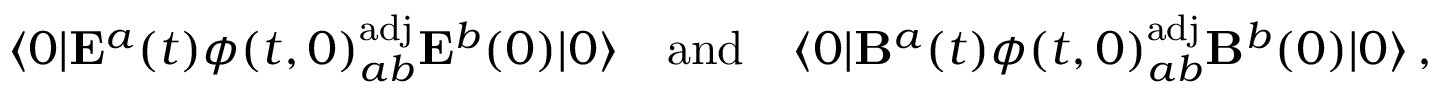
\langle 0 | { \bf E } ^ { a } ( t ) \phi ( t , 0 ) _ { a b } ^ { \mathrm { a d j } } { \bf E } ^ { b } ( 0 ) | 0 \rangle \quad \mathrm { a n d } \quad \langle 0 | { \bf B } ^ { a } ( t ) \phi ( t , 0 ) _ { a b } ^ { \mathrm { a d j } } { \bf B } ^ { b } ( 0 ) | 0 \rangle \, ,